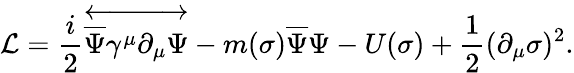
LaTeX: {\mathcal{L}}={\frac{i}{2}}{\overleftrightarrow{{\overline{{\Psi}}}\gamma^{\mu}\partial_{\mu}\Psi}}-m(\sigma){\overline{{\Psi}}}\Psi-U(\sigma)+{\frac{1}{2}}(\partial_{\mu}\sigma)^{2}.